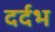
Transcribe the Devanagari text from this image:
दर्दभ